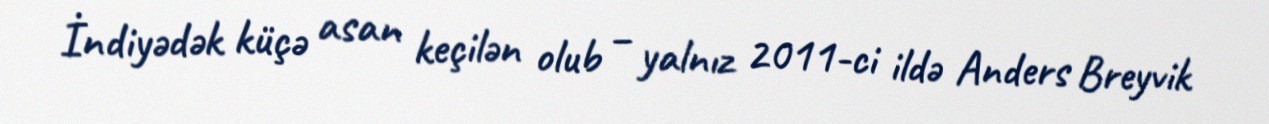
İndiyədək küçə asan keçilən olub – yalnız 2011-ci ildə Anders Breyvik